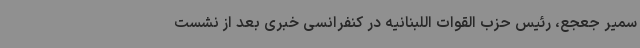
سمیر جعجع، رئیس حزب القوات اللبنانیه در کنفرانسی خبری بعد از نشست